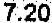
7.20